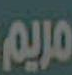
مريم